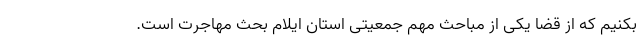
بکنیم که از قضا یکی از مباحث مهم جمعیتی استان ایلام بحث مهاجرت است.